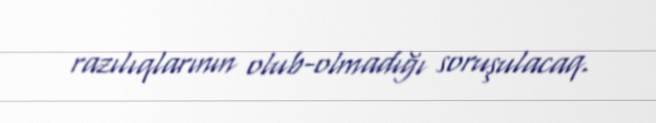
razılıqlarının olub-olmadığı soruşulacaq.